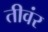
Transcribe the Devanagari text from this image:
तीवंर